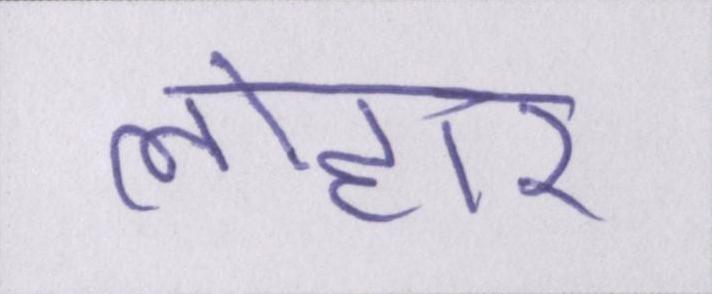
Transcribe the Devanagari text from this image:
लोहार